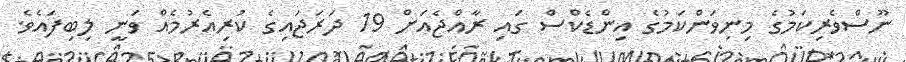
ނޫސްވެރިކަމުގެ މިނިވަންކަމުގެ އިންޑެކްސް ގައި ރާއްޖެއަށް 19 ދަރަޖައިގެ ކުރިއެރުމެއް ވަނީ ލިބިފައެވެ.